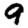
Digit: 9